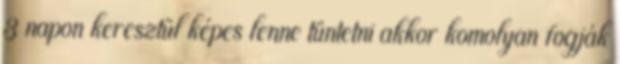
3 napon keresztül képes lenne tüntetni akkor komolyan fogják